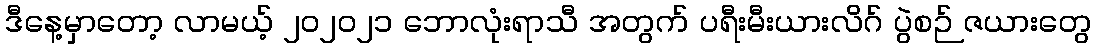
ဒီနေ့မှာတော့ လာမယ့် ၂၀၂၀၂၁ ဘောလုံးရာသီ အတွက် ပရီးမီးယားလိဂ် ပွဲစဉ် ဇယားတွေ